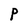
Character: P